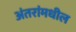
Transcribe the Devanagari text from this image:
अंतरांमधील